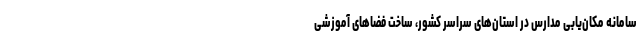
سامانه مکان‌یابی مدارس در استان‌های سراسر کشور، ساخت فضاهای آموزشی